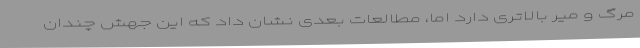
مرگ و میر بالاتری دارد اما، مطالعات بعدی نشان داد که این جهش چندان